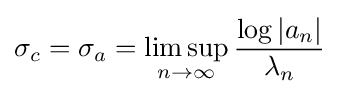
\sigma _{c}=\sigma _{a}=\limsup _{n\to \infty }{\frac {\log |a_{n}|}{\lambda _{n}}}